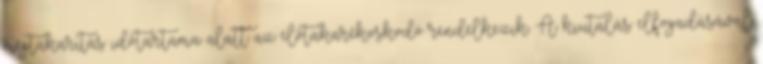
megtakarítás időtartama alatt az előtakarékoskodó rendelkezik. A kiutalás elfogadásával